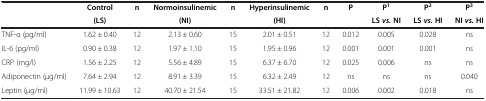
|  | Control | n | Normoinsulinemic | n | Hyperinsulinemic | n | P | P1 | P2 | P3 |
 |  | (LS) |  | (NI) |  | (HI) |  |  | LSvs.NI | LSvs.HI | NIvs.HI |
 | --- | --- | --- | --- | --- | --- | --- | --- | --- | --- | --- |
 | TNF-α (pg/ml) | 1.62 ± 0.40 | 12 | 2.13 ± 0.60 | 15 | 2.01 ± 0.51 | 12 | 0.012 | 0.005 | 0.028 | ns |
 | IL-6 (pg/ml) | 0.90 ± 0.38 | 12 | 1.97 ± 1.10 | 15 | 1.95 ± 0.96 | 12 | 0.001 | 0.001 | 0.001 | ns |
 | CRP (mg/l) | 1.56 ± 2.25 | 12 | 5.56 ± 4.89 | 15 | 6.37 ± 6.70 | 12 | 0.025 | 0.006 | ns | ns |
 | Adiponectin (μg/ml) | 7.64 ± 2.94 | 12 | 8.91 ± 3.39 | 15 | 6.32 ± 2.49 | 12 | ns | ns | ns | 0.040 |
 | Leptin (μg/ml) | 11.99 ± 10.63 | 12 | 40.70 ± 21.54 | 15 | 33.51 ± 21.82 | 12 | 0.006 | 0.002 | 0.018 | ns |